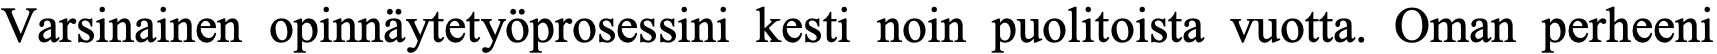
Varsinainen opinnäytetyöprosessini kesti noin puolitoista vuotta. Oman perheeni